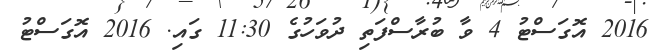
2016 އޮގަސްޓު 4 ވާ ބުރާސްފަތި ދުވަހުގެ 11:30 ގައި. 2016 އޮގަސްޓު